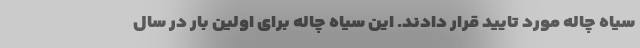
سیاه چاله مورد تایید قرار دادند. این سیاه چاله برای اولین بار در سال